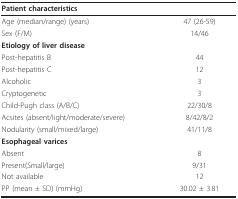
<table><thead><tr><td><b>Patient characteristics</b></td><td></td></tr></thead><tbody><tr><td>Age (median/range) (years)</td><td>47 (26-59)</td></tr><tr><td>Sex (F/M)</td><td>14/46</td></tr><tr><td><b>Etiology of liver disease</b></td><td></td></tr><tr><td>Post-hepatitis B</td><td>44</td></tr><tr><td>Post-hepatitis C</td><td>12</td></tr><tr><td>Alcoholic</td><td>3</td></tr><tr><td>Cryptogenetic</td><td>3</td></tr><tr><td>Child-Pugh class (A/B/C)</td><td>22/30/8</td></tr><tr><td>Acsites (absent/light/moderate/severe)</td><td>8/42/8/2</td></tr><tr><td>Nodularity (small/mixed/large)</td><td>41/11/8</td></tr><tr><td><b>Esophageal varices</b></td><td></td></tr><tr><td>Absent</td><td>8</td></tr><tr><td>Present(Small/large)</td><td>9/31</td></tr><tr><td>Not available</td><td>12</td></tr><tr><td>PP (mean ± SD) (mmHg)</td><td>30.02 ± 3.81</td></tr></tbody></table>